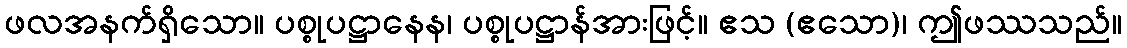
ဖလအနက်ရှိသော။ ပစ္စုပဋ္ဌာနေန၊ ပစ္စုပဋ္ဌာန်အားဖြင့်။ ဧသ (ဧသော)၊ ဤဖဿသည်။